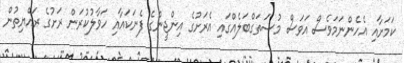
ކަމަށާއި އެހެންނަމަވެސް އަވަސް މުސަތަގްބަލެއްގައި އެރަށުގެ އިންޖީންގެ ފެނަކައާއި ހަވާލުކުރަން ރަށުގެ ރައްޔިތުން